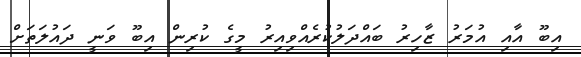
އިބޫ އާއި އުމަރު ޒާހިރު ބައްދަލުކުރެއްވިއިރު މީގެ ކުރިން އިބޫ ވަނީ ދަައުލަތަށް